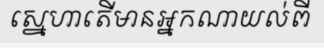
ស្នេហាតើមានអ្នកណាយល់ពី